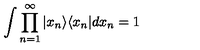
\int \prod _ { n = 1 } ^ { \infty } | x _ { n } \rangle \langle x _ { n } | d x _ { n } = 1